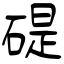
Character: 碮